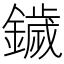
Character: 鐬